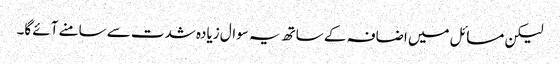
لیکن مسائل میں اضافہ کے ساتھ یہ سوال زیادہ شدت سے سامنے آئے گا۔